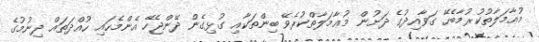
މުޢާމަލާތުކުރުމާބެހޭ ގަވާއިދުގެ ދަށުން މުޢާމަލާތްކުރެވޭ ބިންތަކާއި ގުޅިގެން ދޭންޖެހޭ އެންމެހައި ހުއްދަތައް ދިނުމުގެ